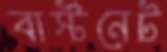
বার্স্টনেট